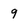
Character: 9